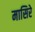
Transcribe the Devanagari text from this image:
मासिरे